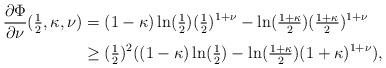
LaTeX: \begin{align*}\frac{\partial \Phi}{\partial \nu}(\tfrac{1}{2},\kappa,\nu) &= (1-\kappa) \ln(\tfrac{1}{2}) (\tfrac{1}{2})^{1+\nu} - \ln (\tfrac{1+\kappa}{2}) (\tfrac{1+\kappa}{2})^{1+\nu} \\& \geq (\tfrac{1}{2})^2 ((1-\kappa) \ln(\tfrac{1}{2}) - \ln (\tfrac{1+\kappa}{2}) (1+\kappa)^{1+\nu}), \end{align*}